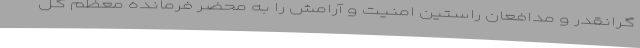
گرانقدر و مدافعان راستین امنیت و آرامش را به محضر فرمانده معظم کل